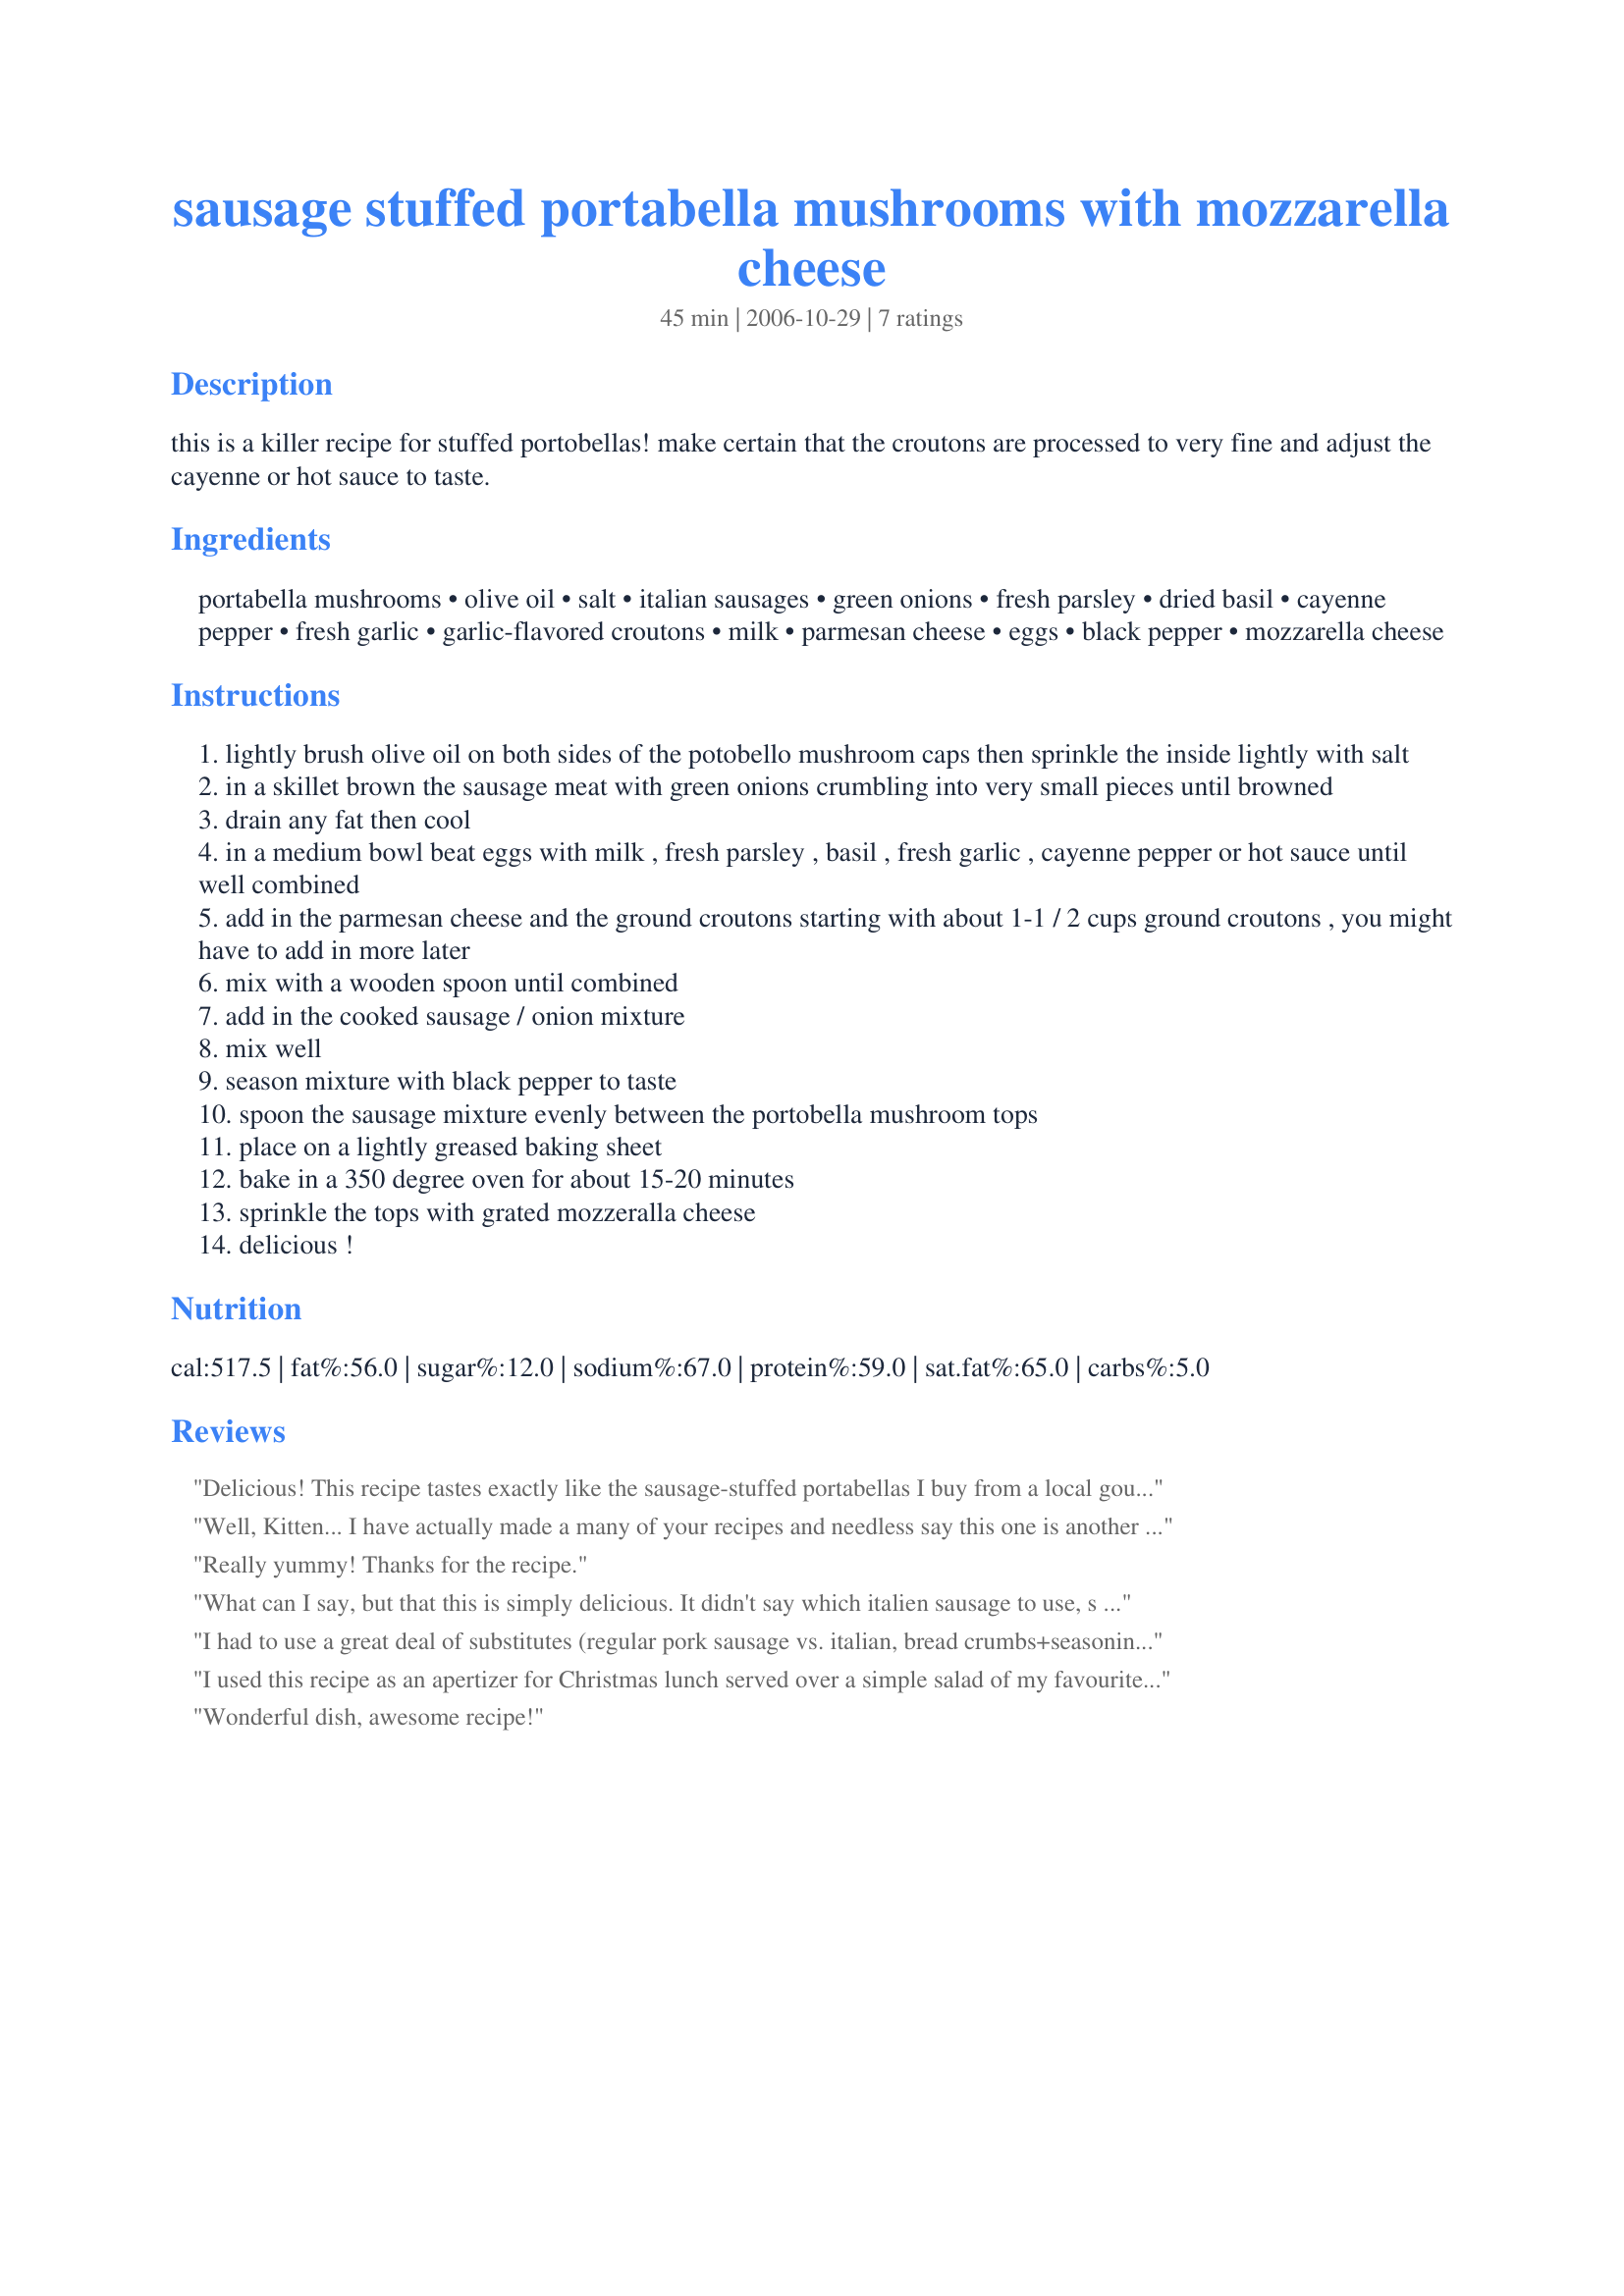
sausage stuffed portabella mushrooms with mozzarella cheese
Preparation time: 45 minutes

this is a killer recipe for stuffed portobellas! make certain that the croutons are processed to very fine and adjust the cayenne or hot sauce to taste.

Ingredients:
portabella mushrooms, olive oil, salt, italian sausages, green onions, fresh parsley, dried basil, cayenne pepper, fresh garlic, garlic-flavored croutons, milk, parmesan cheese, eggs, black pepper, mozzarella cheese

Steps:
lightly brush olive oil on both sides of the potobello mushroom caps then sprinkle the inside lightly with salt
in a skillet brown the sausage meat with green onions crumbling into very small pieces until browned
drain any fat then cool
in a medium bowl beat eggs with milk , fresh parsley , basil , fresh garlic , cayenne pepper or hot sauce until well combined
add in the parmesan cheese and the ground croutons starting with about 1-1 / 2 cups ground croutons , you might have to add in more later
mix with a wooden spoon until combined
add in the cooked sausage / onion mixture
mix well
season mixture with black pepper to taste
spoon the sausage mixture evenly between the portobella mushroom tops
place on a lightly greased baking sheet
bake in a 350 degree oven for about 15-20 minutes
sprinkle the tops with grated mozzeralla cheese
delicious !

Reviews:
Delicious! This recipe tastes exactly like the sausage-stuffed portabellas I buy from a local gourmet shop. The recipe is really easy and the end result very satisfying. Next time I am going to use baby portabella caps and make as an appetizer.
Well, Kitten...
I have actually made a many of your recipes and needless say this one is another great one. My BF requested these for his birthday dinner and they came out fantastic!!! I did halve these for the two of us. Thanks for the recipe!
Really yummy! Thanks for the recipe.
What can I say, but that this is simply delicious. It didn't say which italien sausage to use, s I chose the mild as my tounge can't handle very spicy things. Because of this, I also ommited the hot sauce/pepper. I also halved the recipe, since it's just 2 of us at home now. Another winner Carol! :)
I had to use a great deal of substitutes (regular pork sausage vs. italian, bread crumbs+seasonings vs. croutons, italian blend cheese vs. mozzarella) and they still turned out perfect! Love the recipe!
I used this recipe as an apertizer for Christmas lunch served over a simple salad of my favourite greens and dressing. It turned out to be a great hit! I did have to adjust the servings since there was only 3 of us. A great appertizer to "make ahead" and take to a dinner party!
Wonderful dish, awesome recipe!
